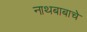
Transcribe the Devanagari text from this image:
नाथबाबाचे